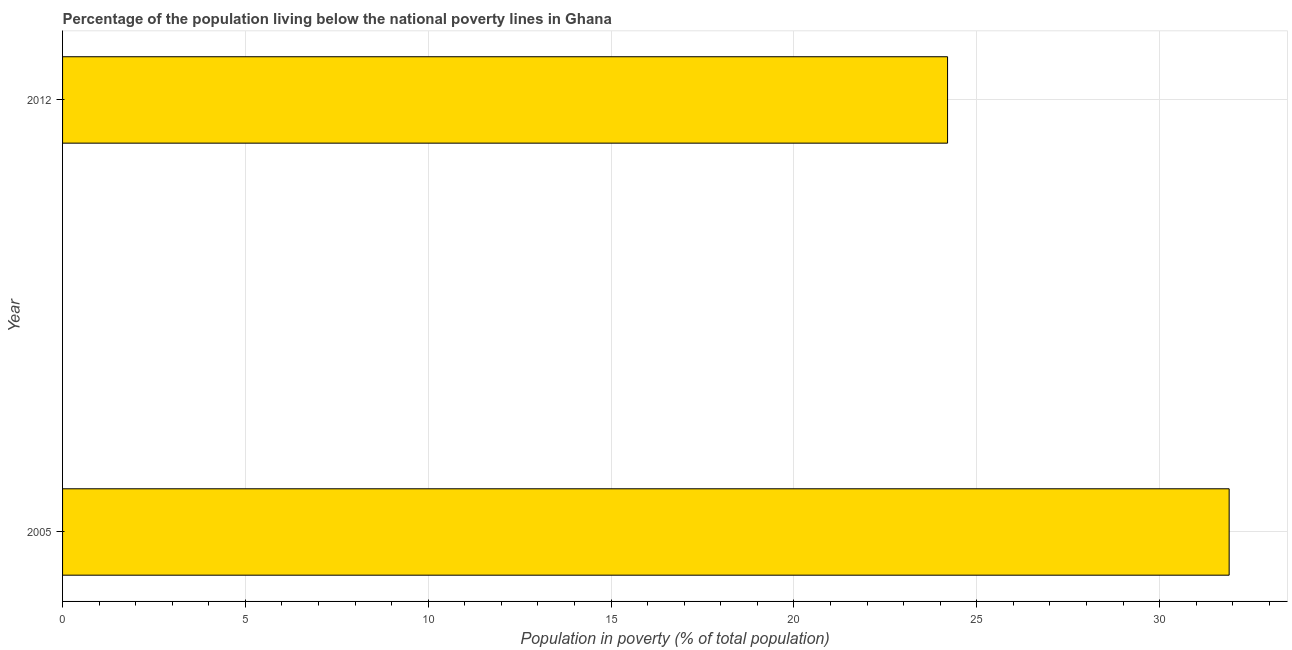
| Year | Poverty headcount ratio |
 | --- | --- |
 | 2005 | 31.9 |
 | 2012 | 24.2 |